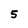
Character: 5